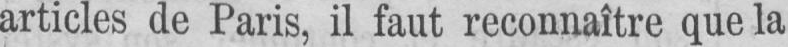
articles de Paris, il faut reconnaître que la